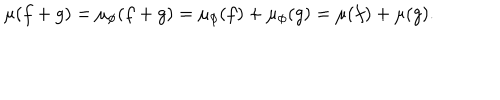
LaTeX: \mu ( f + g ) = \mu _ { \phi } ( f + g ) = \mu _ { \phi } ( f ) + \mu _ { \phi } ( g ) = \mu ( f ) + \mu ( g ) .